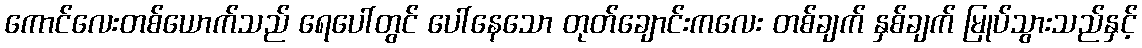
ကောင်လေးတစ်ယောက်သည် ရေပေါ်တွင် ပေါ်နေသော တုတ်ချောင်းကလေး တစ်ချက် နှစ်ချက် မြုပ်သွားသည်နှင့်